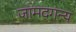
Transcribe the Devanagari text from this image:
जामदगन्य